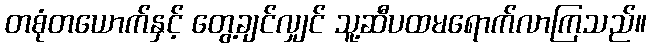
တစုံတယောက်နှင့် တွေ့ချင်လျှင် သူ့ဆီပထမရောက်လာကြသည်။